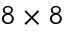
8 \times 8